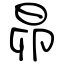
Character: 昴